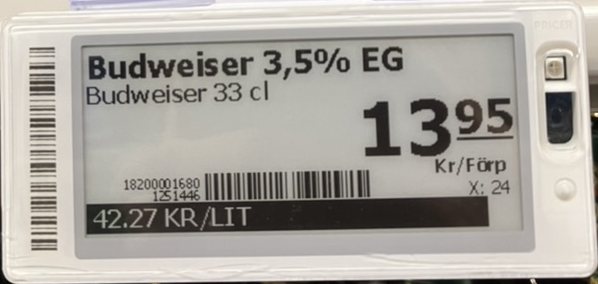
Vara: Budweiser 3,5% EG
Genomsnittspris: 42.27 per L